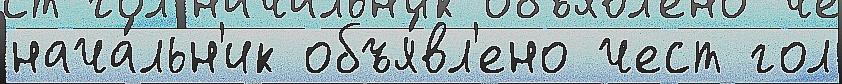
нача́льн'ик объя́вл'ено чест гол